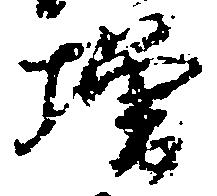
増